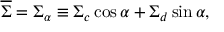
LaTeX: \overline { { \Sigma } } = \Sigma _ { \alpha } \equiv \Sigma _ { c } \cos \alpha + \Sigma _ { d } \sin \alpha ,